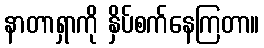
နာတာရှာကို နှိပ်စက်နေကြတာ။